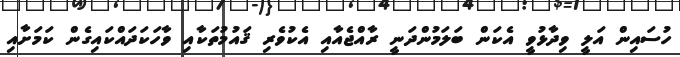
ހުސައިން އަލީ ވިދާޅުވީ އެކަން ބަލަމުންދަނީ ރާއްޖެއާއި އެކުވެރި ޤައުމުތަކާއި ވާހަކަދައްކައިގެން ކަމަށާއި